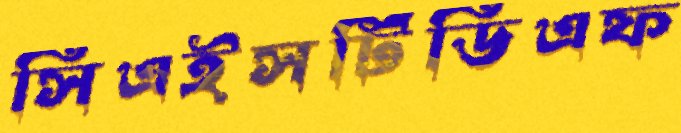
সিএইসটিডিএফ